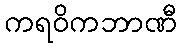
ကရဝိကဘာဏီ